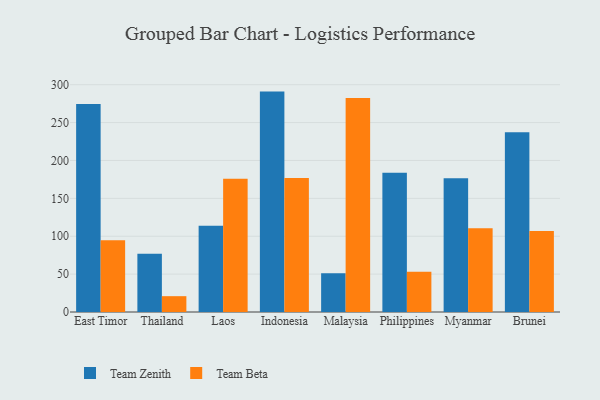
{"axis": {"x": "Country", "y": "Satisfaction Score"}, "legend": ["Team Beta", "Team Zenith"], "data": [{"x": "East Timor", "y": 274.4, "type": "Team Zenith"}, {"x": "East Timor", "y": 94.6, "type": "Team Beta"}, {"x": "Thailand", "y": 76.9, "type": "Team Zenith"}, {"x": "Thailand", "y": 20.9, "type": "Team Beta"}, {"x": "Laos", "y": 114.0, "type": "Team Zenith"}, {"x": "Laos", "y": 176.0, "type": "Team Beta"}, {"x": "Indonesia", "y": 290.9, "type": "Team Zenith"}, {"x": "Indonesia", "y": 177.0, "type": "Team Beta"}, {"x": "Malaysia", "y": 51.2, "type": "Team Zenith"}, {"x": "Malaysia", "y": 282.5, "type": "Team Beta"}, {"x": "Philippines", "y": 183.9, "type": "Team Zenith"}, {"x": "Philippines", "y": 53.1, "type": "Team Beta"}, {"x": "Myanmar", "y": 176.5, "type": "Team Zenith"}, {"x": "Myanmar", "y": 110.7, "type": "Team Beta"}, {"x": "Brunei", "y": 237.3, "type": "Team Zenith"}, {"x": "Brunei", "y": 107.0, "type": "Team Beta"}]}